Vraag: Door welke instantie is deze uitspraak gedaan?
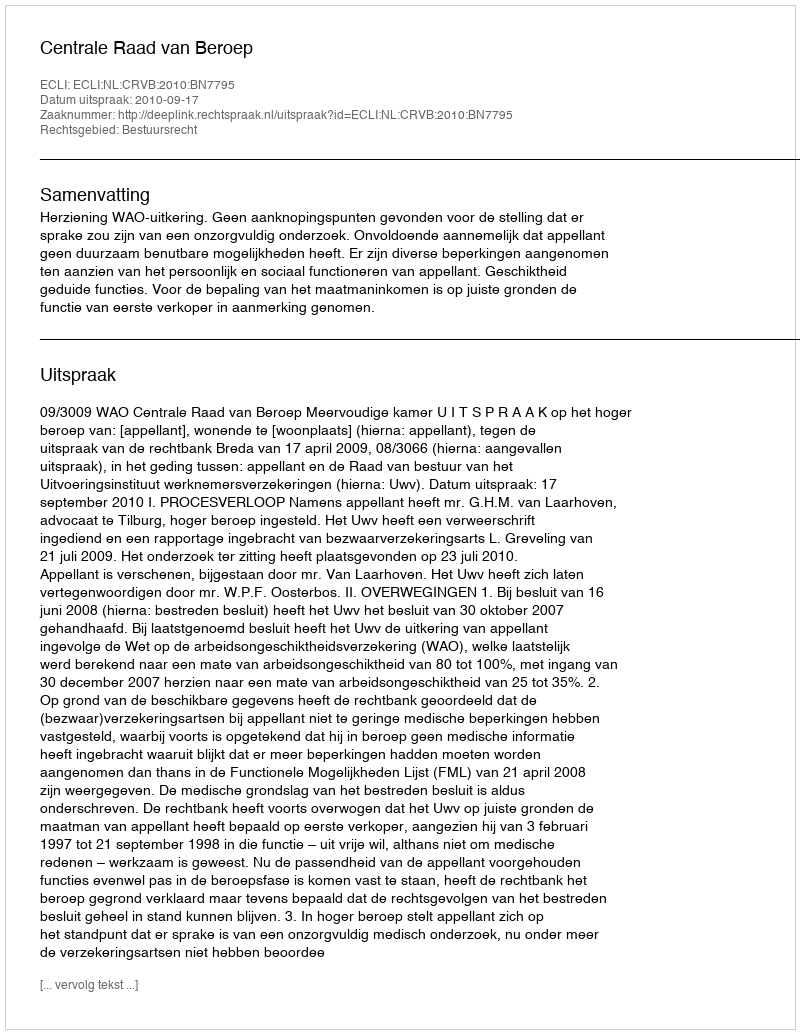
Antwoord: Centrale Raad van Beroep